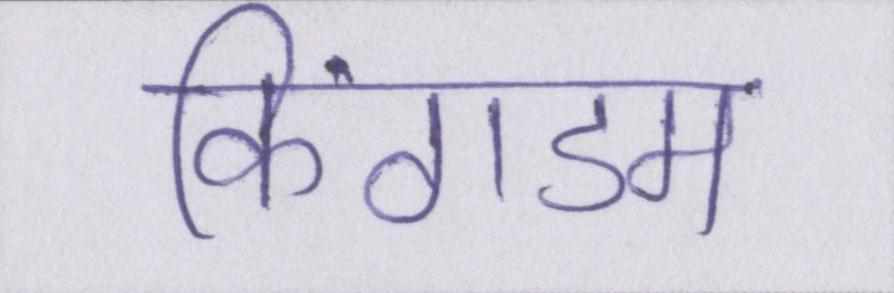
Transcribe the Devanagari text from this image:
किंगडम